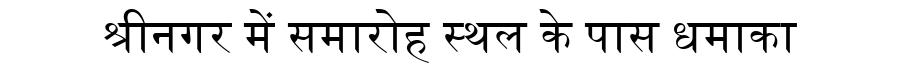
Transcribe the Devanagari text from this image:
श्रीनगर में समारोह स्थल के पास धमाका